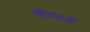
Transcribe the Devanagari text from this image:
लँगफर्ड